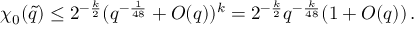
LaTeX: \chi _ { 0 } ( \tilde { q } ) \le 2 ^ { - \frac { k } { 2 } } ( q ^ { - \frac { 1 } { 4 8 } } + O ( q ) ) ^ { k } = 2 ^ { - \frac { k } { 2 } } q ^ { - \frac { k } { 4 8 } } ( 1 + O ( q ) ) \, .